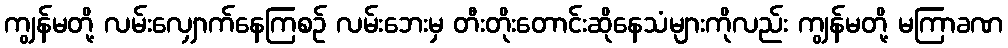
ကျွန်မတို့ လမ်းလျှောက်နေကြစဉ် လမ်းဘေးမှ တီးတိုးတောင်းဆိုနေသံများကိုလည်း ကျွန်မတို့ မကြာခဏ